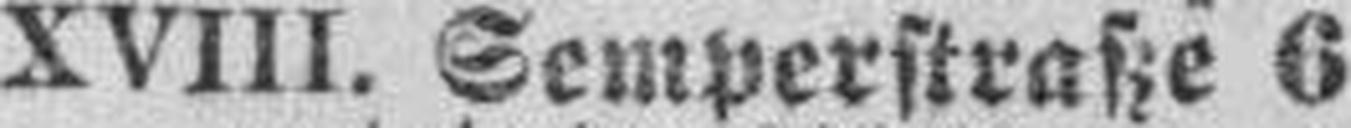
XVIII. Semperstraße 6